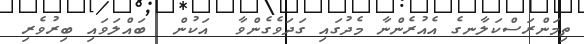
ތިމަންރަސްކަލާނގެ އެއުރެންނާ މެދުގައި ގަދަވެގެންވާ  އަކުން  ބައްލަވައި ބިރުވެރި